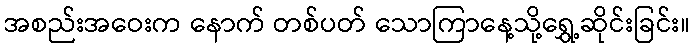
အစည်းအဝေးက နောက် တစ်ပတ် သောကြာနေ့သို့ရွှေ့ဆိုင်းခြင်း။